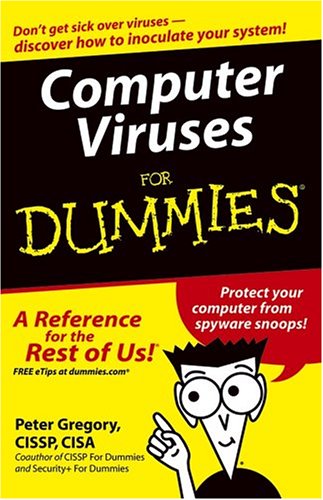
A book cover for Computer Viruses For Dummies; Peter H. Gregory; Computers & Technology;